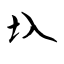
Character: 圦